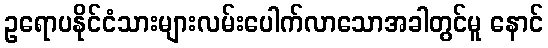
ဥရောပနိုင်ငံသားများလမ်းပေါက်လာသောအခါတွင်မူ နောင်